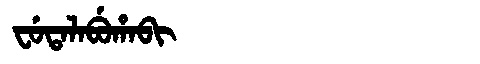
Manchu: ᠸᡠᡨᠠᠯᠠᠪᡠᡥᠠᠪᡳ
Romanization: FUTALABUHABI